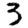
Digit: 3